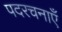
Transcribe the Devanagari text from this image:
पदरचनाएँ